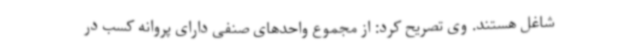
شاغل هستند. وی تصریح کرد: از مجموع واحدهای صنفی دارای پروانه کسب در